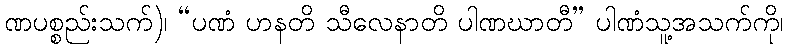
ဏပစ္စည်းသက်)၊ “ပဏံ ဟနတိ သီလေနာတိ ပါဏဃာတီ” ပါဏံသူ့အသက်ကို၊